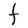
Character: t